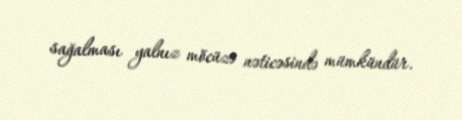
sağalması yalnız möcüzə nəticəsində mümkündür.